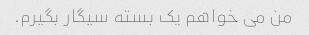
من می خواهم یک بسته سیگار بگیرم.